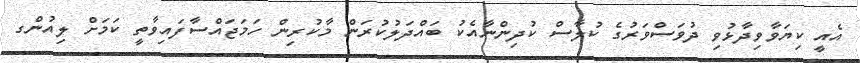
އެއީ ކިޔަވާވިދާޅުވި ދުވަސްވަރުގެ ކުލާސް ކުދިންނާއެކު ބައްދަލުކުރަން މާކުރިން ހަމަޖައްސާފައިވާތީ ކަމަށް ލިއުންގ